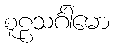
စူဠသင်္ဂါမော